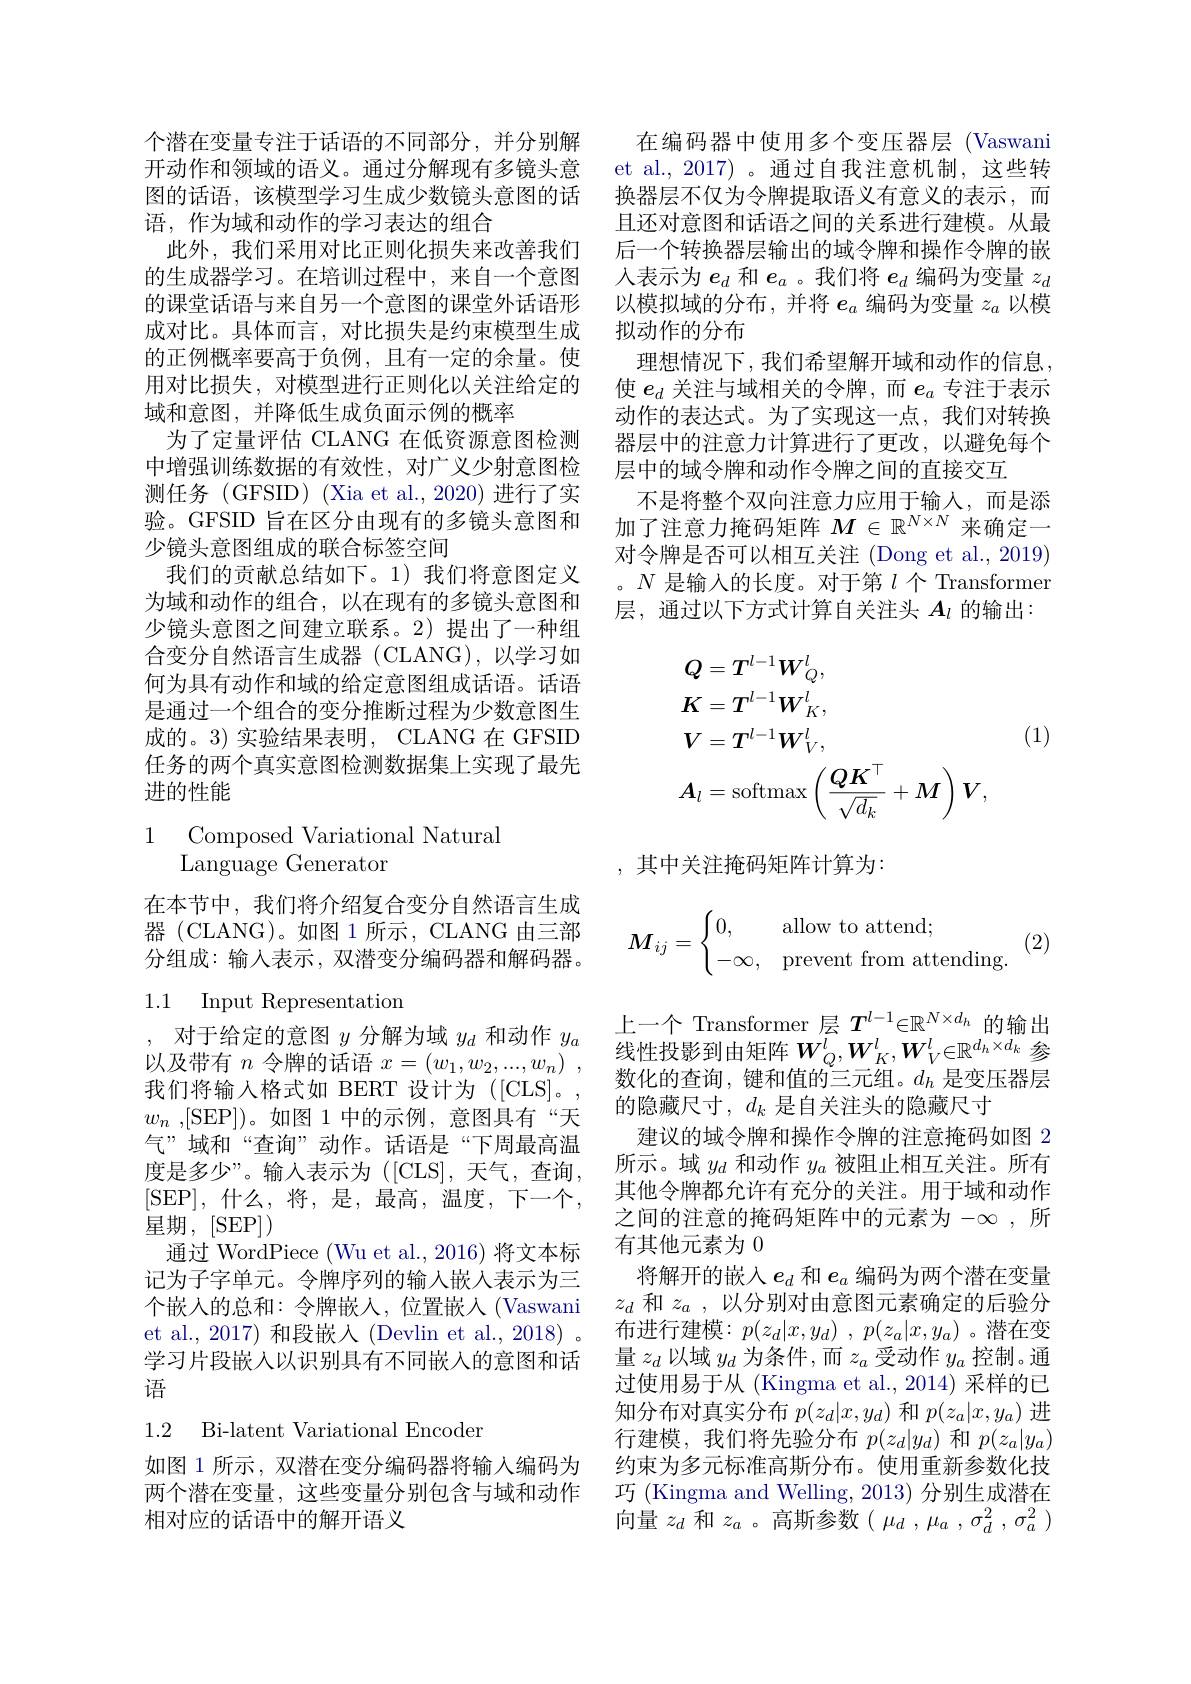
个潜在变量专注于话语的不同部分，并分别解开动作和领域的语义。通过分解现有多镜头意图的话语，该模型学习生成少数镜头意图的话语，作为域和动作的学习表达的组合
此外，我们采用对比正则化损失来改善我们的生成器学习。在培训过程中，来自一个意图的课堂话语与来自另一个意图的课堂外话语形成对比。具体而言，对比损失是约束模型生成的正例概率要高于负例，且有一定的余量。使用对比损失，对模型进行正则化以关注给定的域和意图，并降低生成负面示例的概率
为了定量评估 CLANG 在低资源意图检测中增强训练数据的有效性，对广义少射意图检测任务(GFSID) (Xia et al.,2020) 进行了实验。GFSID 旨在区分由现有的多镜头意图和少镜头意图组成的联合标签空间
我们的贡献总结如下。1)我们将意图定义为域和动作的组合，以在现有的多镜头意图和少镜头意图之间建立联系。2)提出了一种组合变分自然语言生成器(CLANG),以学习如何为具有动作和域的给定意图组成话语。话语是通过一个组合的变分推断过程为少数意图生成的。3) 实验结果表明，CLANG 在 GFSID 任务的两个真实意图检测数据集上实现了最先进的性能

# 1 Composed Variational Natural Language Generator

在本节中，我们将介绍复合变分自然语言生成器 (CLANG)。如图 1 所示，CLANG 由三部分组成：输入表示，双潜变分编码器和解码器。

### 1.1 Input Representation

,对于给定的意图$y$分解为域$y_d$和动作$y_a$ 以及带有$n$令牌的话语$x= ( w_1, w_2, . . . , w_n)$ , 我们将输入格式如 BERT 设计为([CLS]。, $w_n$ ,[SEP])。如图 1 中的示例，意图具有“天气”域和“查询”动作。话语是“下周最高温度是多少”。输入表示为([CLS],天气，查询， [SEP], 什么，将，是，最高，温度，下一个， 星期，[SEP])
通过 WordPiece (Wu et al., 2016) 将文本标记为子字单元。令牌序列的输入嵌人表示为三个嵌入的总和：令牌嵌人，位置嵌人(Vaswani et al., 2017) 和段嵌人(Devlin et al., 2018) 。学习片段嵌入以识别具有不同嵌入的意图和话语

1.2 Bi-latent Variational Encoder

如图 1 所示，双潜在变分编码器将输入编码为两个潜在变量，这些变量分别包含与域和动作相对应的话语中的解开语义

在编码器中使用多个变压器层(Vaswani et al., 2017) 。通过自我注意机制，这些转换器层不仅为令牌提取语义有意义的表示，而且还对意图和话语之间的关系进行建模。从最后一个转换器层输出的域令牌和操作令牌的嵌人表示为$e_d$和$e_a$ 。我们将$e_d$编码为变量$z_d$ 以模拟域的分布，并将$e_a$编码为变量$z_a$以模拟动作的分布
理想情况下，我们希望解开域和动作的信息使$e_d$关注与域相关的令牌，而$e_a$专注于表示动作的表达式。为了实现这一点，我们对转换器层中的注意力计算进行了更改，以避免每个层中的域令牌和动作令牌之间的直接交互
不是将整个双向注意力应用于输人，而是添加了注意力掩码矩阵$M\in\mathbb{R}^N\times N$来确定一对令牌是否可以相互关注 (Dong et al., 2019) 。$N$是输入的长度。对于第$l$个 Transformer 层，通过以下方式计算自关注头$A_l$的输出：

(1)
$$\begin{aligned}&\boldsymbol{Q}=\boldsymbol{T}^{l-1}\boldsymbol{W}_{Q}^{l},\\&\boldsymbol{K}=\boldsymbol{T}^{l-1}\boldsymbol{W}_{K}^{l},\\&\boldsymbol{V}=\boldsymbol{T}^{l-1}\boldsymbol{W}_{V}^{l},\\&\boldsymbol{A}_{l}=\mathrm{softmax}\left(\frac{QK^{\top}}{\sqrt{d_{k}}}+M\right)\boldsymbol{V},\end{aligned}$$
,其中关注掩码矩阵计算为：
$$M_{ij}=\begin{cases}0,&\text{allow to attend;}\\-\infty,&\text{prevent from attending.}\end{cases}($$
(2)

上一个 Transformer 层$T_{l-1}\in\mathbb{R}^{N\times d_h}$的输出线性投影到由矩阵$W_Q^l,W_K^l,W_V^l\in\mathbb{R}^{d_h\times d_k}$参数化的查询，键和值的三元组。$d_h$是变压器层的隐藏尺寸，$d_k$是自关注头的隐藏尺寸
建议的域令牌和操作令牌的注意掩码如图 2所示。域$y_d$和动作$y_a$被阻止相互关注。所有其他令牌都允许有充分的关注。用于域和动作之间的注意的掩码矩阵中的元素为$-\infty$ ,所有其他元素为0
将解开的嵌入$e_d$和$e_a$编码为两个潜在变量$z_d$和$z_a$ ,以分别对由意图元素确定的后验分布进行建模：$p( z_d| x, y_d)$ , $p( z_a| x, y_a)$ 。潜在变量$z_d$以域$y_d$为条件，而$z_a$受动作$y_a$控制。通过使用易于从 (Kingma et al.,2014) 采样的已知分布对真实分布$p(z_d|x,y_d)$和$p(z_a|x,y_a)$进行建模，我们将先验分布$p(z_d|y_d)$和$p(z_a|y_a)$ 约束为多元标准高斯分布。使用重新参数化技巧 (Kingma and Welling, 2013) 分别生成潜在向量$z_d$和$z_a$ 。高斯参数$(\mu_d,\mu_a,\sigma_d^2,\sigma_a^2)$